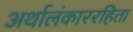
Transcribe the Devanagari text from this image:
अर्थालंकाररहिता